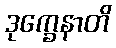
ဒုက္ခေနာတိ